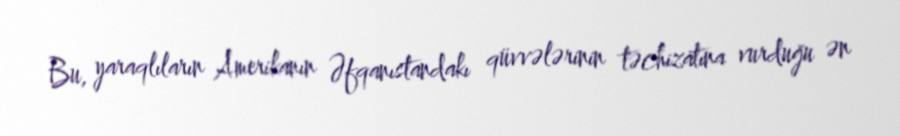
Bu, yaraqlıların Amerikanın Əfqanıstandakı qüvvələrinin təchizatına vurduğu ən